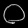
Digit: ၀